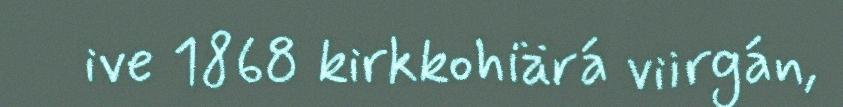
ive 1868 kirkkohiärá viirgán,